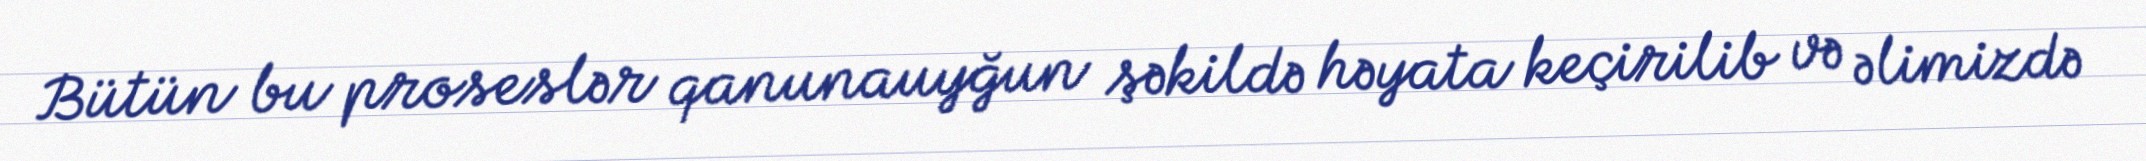
Bütün bu proseslər qanunauyğun şəkildə həyata keçirilib və əlimizdə